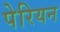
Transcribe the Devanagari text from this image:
पेरियन